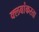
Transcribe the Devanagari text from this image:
क्लबांकरता